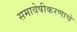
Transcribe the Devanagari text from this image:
समावेषीकरणाचे